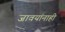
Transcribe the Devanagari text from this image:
जावयांनाही